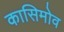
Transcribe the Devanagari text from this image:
कासिमोव